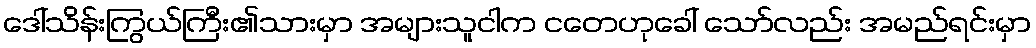
ဒေါ်သိန်းကြွယ်ကြီး၏သားမှာ အများသူငါက ငတေဟုခေါ် သော်လည်း အမည်ရင်းမှာ